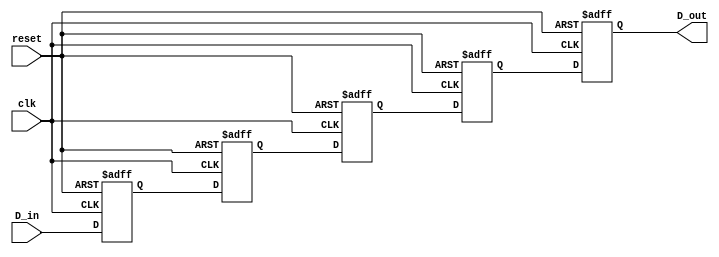
module multistage_register #(
    parameter NUM_STAGES = 4,  // Number of register stages
    parameter DATA_WIDTH = 8    // Width of the data bus
)(
    input  wire [DATA_WIDTH-1:0] D_in,   // Input data bus
    input  wire clk,                     // Clock signal
    input  wire reset,                   // Reset signal
    output reg  [DATA_WIDTH-1:0] D_out   // Output data bus
);

    // Internal registers for each stage
    reg [DATA_WIDTH-1:0] stage [0:NUM_STAGES-1];

    integer i;

    // Sequential logic for the multistage register
    always @(posedge clk or posedge reset) begin
        if (reset) begin
            // Clear all stages on reset
            for (i = 0; i < NUM_STAGES; i = i + 1) begin
                stage[i] <= {DATA_WIDTH{1'b0}};
            end
            D_out <= {DATA_WIDTH{1'b0}}; // Clear output as well
        end else begin
            // Shift data through the stages
            stage[0] <= D_in;  // Load input into the first stage
            for (i = 1; i < NUM_STAGES; i = i + 1) begin
                stage[i] <= stage[i-1]; // Shift data to the next stage
            end
            D_out <= stage[NUM_STAGES-1]; // Output from the last stage
        end
    end

endmodule